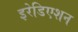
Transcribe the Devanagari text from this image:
इरेडिएशन